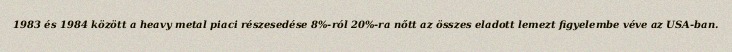
1983 és 1984 között a heavy metal piaci részesedése 8%-ról 20%-ra nőtt az összes eladott lemezt figyelembe véve az USA-ban.